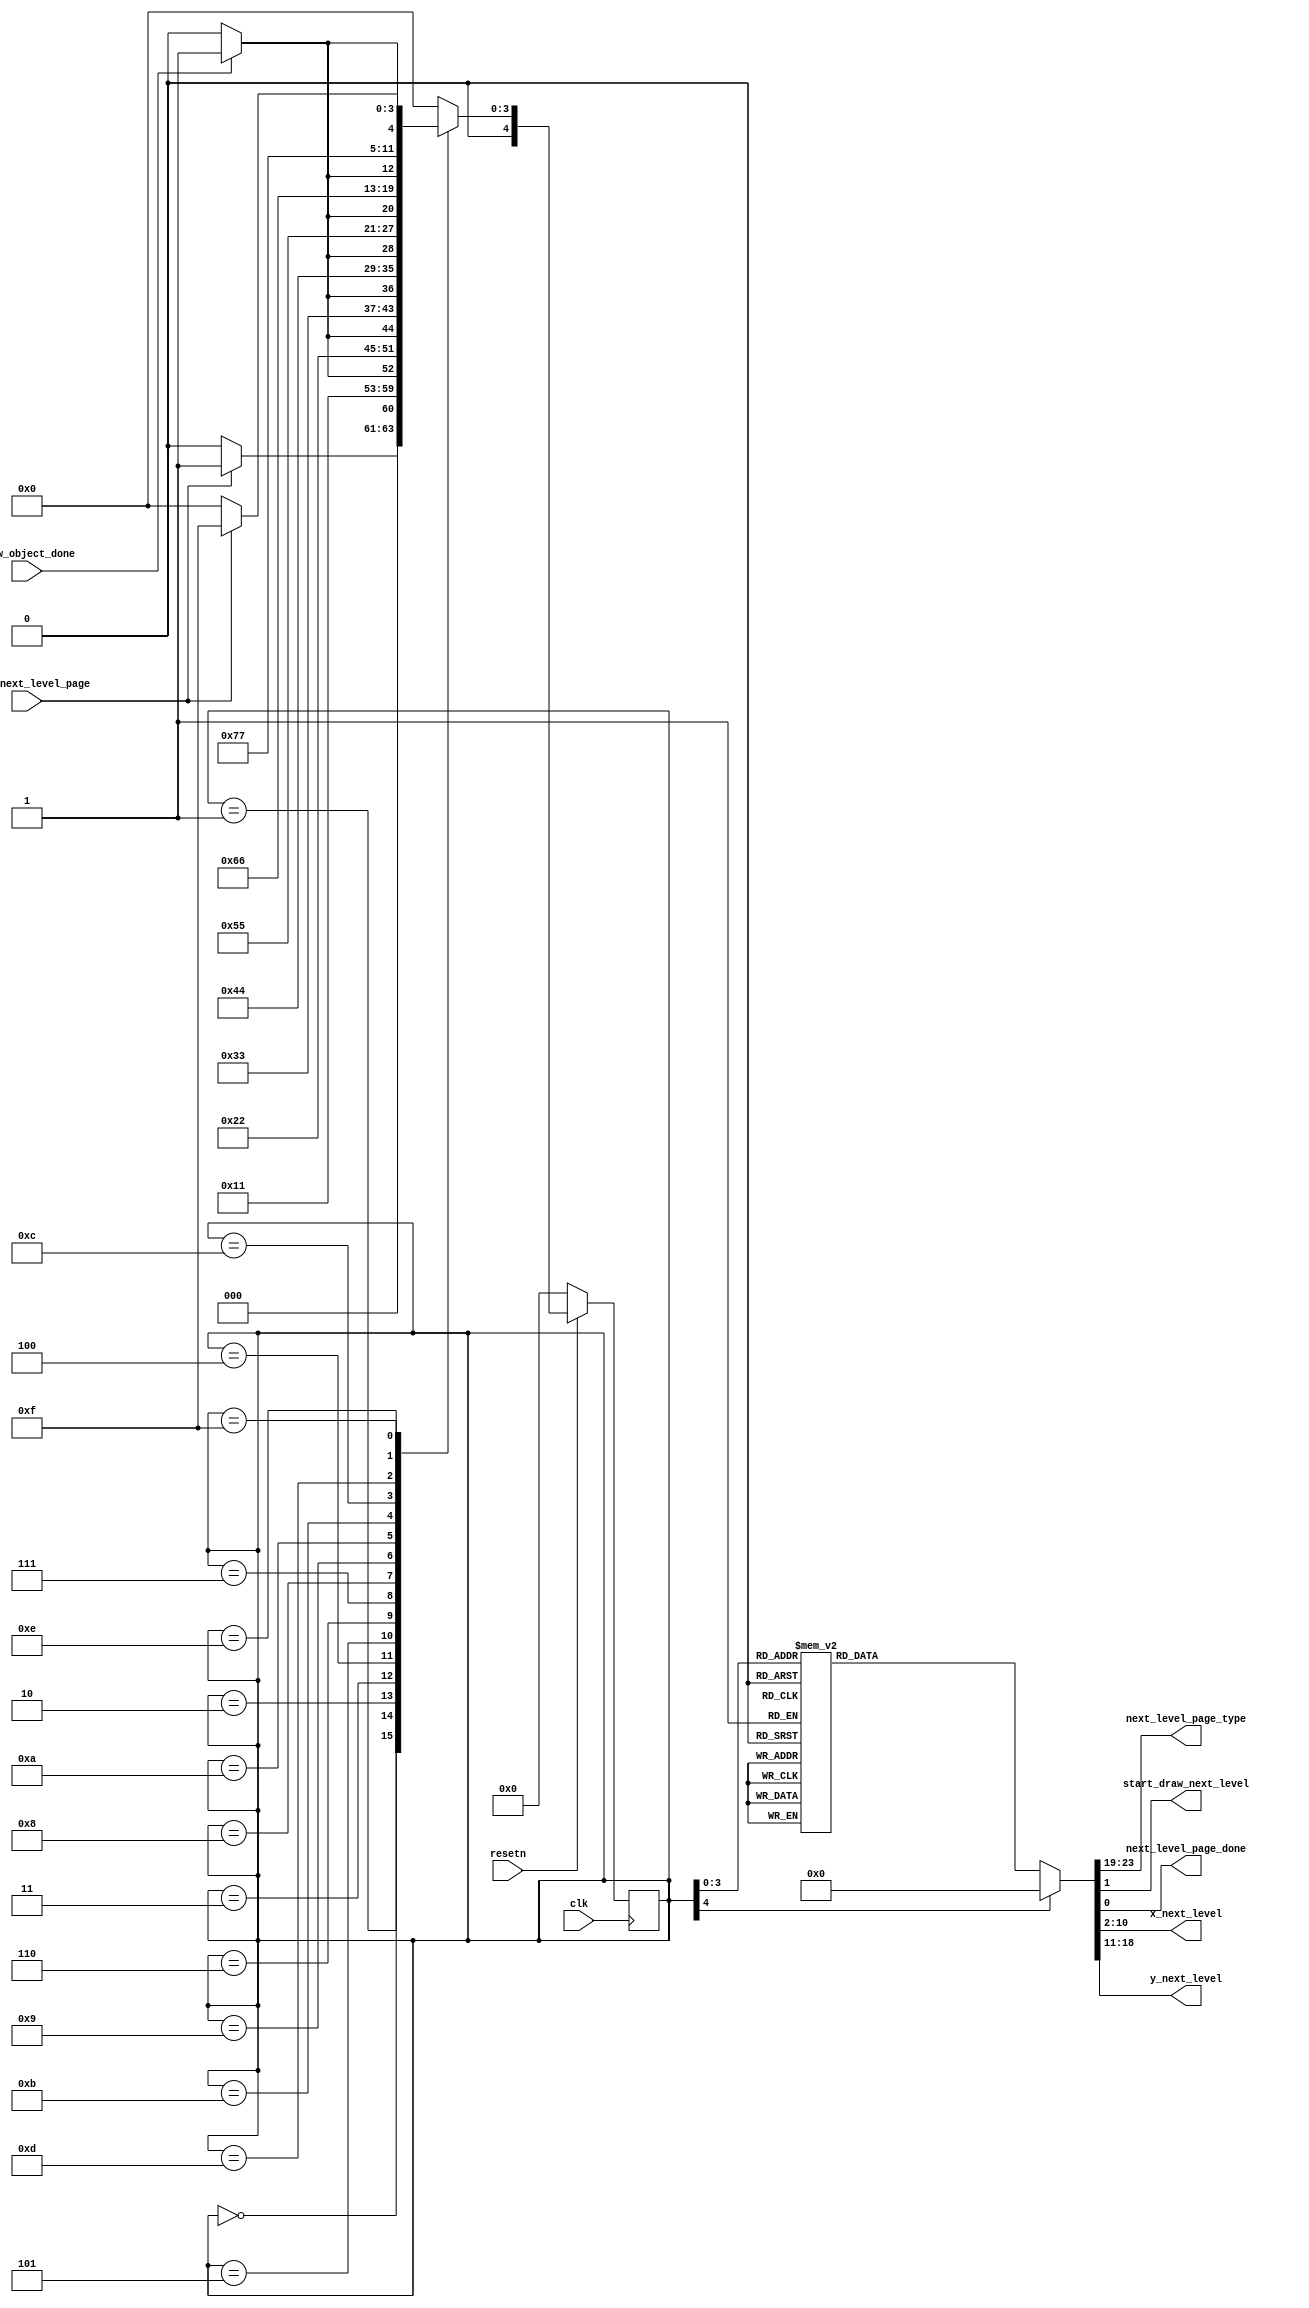

module draw_next_level_page_control(
    input clk,
    input resetn,
    input start_next_level_page,
    input draw_object_done,

    output reg [4:0] next_level_page_type,
    output reg start_draw_next_level, next_level_page_done,
    output reg [8:0] x_next_level,
    output reg [7:0] y_next_level
	
    );

    reg [4:0] current_state, next_state; 

    localparam  S_WAIT_FOR_COMMAND		= 5'd0,
		S_LOAD_L1			= 5'd1,
		S_DRAW_L1			= 5'd2,
		S_LOAD_E1			= 5'd3,
		S_DRAW_E1			= 5'd4,
		S_LOAD_V			= 5'd5,
		S_DRAW_V			= 5'd6,
		S_LOAD_E2			= 5'd7,
		S_DRAW_E2			= 5'd8,
		S_LOAD_L2			= 5'd9,
		S_DRAW_L2			= 5'd10,
		S_LOAD_U			= 5'd11,
		S_DRAW_U			= 5'd12,
		S_LOAD_P			= 5'd13,
		S_DRAW_P			= 5'd14,
		
		S_DONE_DRAW_NEXT_LEVEL_PAGE	= 5'd15;  
					 

    // Next state logic aka our state table
    always@(*)
    begin: state_table 
		case (current_state)
					
			S_WAIT_FOR_COMMAND: next_state = start_next_level_page? S_LOAD_L1: S_WAIT_FOR_COMMAND;

			S_LOAD_L1: next_state = S_DRAW_L1;
			S_DRAW_L1: next_state = draw_object_done? S_LOAD_E1: S_DRAW_L1;			
			S_LOAD_E1: next_state = S_DRAW_E1;		
			S_DRAW_E1: next_state = draw_object_done? S_LOAD_V: S_DRAW_E1;		
			S_LOAD_V: next_state = S_DRAW_V;		
			S_DRAW_V: next_state = draw_object_done? S_LOAD_E2: S_DRAW_V;				
			S_LOAD_E2: next_state = S_DRAW_E2;		
			S_DRAW_E2: next_state = draw_object_done? S_LOAD_L2: S_DRAW_E2;			
			S_LOAD_L2: next_state = S_DRAW_L2;		
			S_DRAW_L2: next_state = draw_object_done? S_LOAD_U: S_DRAW_L2;			
			S_LOAD_U: next_state = S_DRAW_U;			
			S_DRAW_U: next_state = draw_object_done? S_LOAD_P: S_DRAW_U;			
			S_LOAD_P: next_state = S_DRAW_P;			
			S_DRAW_P: next_state = draw_object_done? S_DONE_DRAW_NEXT_LEVEL_PAGE: S_DRAW_P;			


			S_DONE_DRAW_NEXT_LEVEL_PAGE: next_state = start_next_level_page? S_DONE_DRAW_NEXT_LEVEL_PAGE: S_WAIT_FOR_COMMAND;					
			
            default:   next_state = S_WAIT_FOR_COMMAND;
        endcase
    end // state_table
   

    // Output logic aka all of our datapath control signals
    always @(*)
    begin: enable_signals
        // By default make all our signals 0

    		start_draw_next_level = 1'b0;
		next_level_page_done = 1'b0;	
		x_next_level = 9'b0;
     		y_next_level = 8'b0;
		next_level_page_type = 5'd0;

        case (current_state)
		  
		S_DRAW_L1: begin
			start_draw_next_level = 1'b1;
			x_next_level = 9'd121;
			y_next_level = 8'd91;
			next_level_page_type = 5'd21; 		
		end

		S_DRAW_E1: begin
			start_draw_next_level = 1'b1;
			x_next_level = 9'd131;
			y_next_level = 8'd91;
			next_level_page_type = 5'd17; 	
		end

		S_DRAW_V: begin
			start_draw_next_level = 1'b1;
			x_next_level = 9'd145;
			y_next_level = 8'd91;
			next_level_page_type = 5'd28; 	
		end

		S_DRAW_E2: begin
			start_draw_next_level = 1'b1;
			x_next_level = 9'd157;
			y_next_level = 8'd91;
			next_level_page_type = 5'd17; 	
		end

		S_DRAW_L2: begin
			start_draw_next_level = 1'b1;
			x_next_level = 9'd169;
			y_next_level = 8'd91;
			next_level_page_type = 5'd21; 	
		end

		S_DRAW_U: begin
			start_draw_next_level = 1'b1;
			x_next_level = 9'd139;
			y_next_level = 8'd115;
			next_level_page_type = 5'd27; 	
		end

		S_DRAW_P: begin
			start_draw_next_level = 1'b1;
			x_next_level = 9'd151;
			y_next_level = 8'd115;
			next_level_page_type = 5'd24; 	 
		end

		S_DONE_DRAW_NEXT_LEVEL_PAGE: next_level_page_done = 1'b1;
		 

        // default:    // don't need default since we already made sure all of our outputs were assigned a value at the start of the always block
        endcase
    end // enable_signals
   
    // current_state registers
    always@(posedge clk)
    begin: state_FFs
        if(!resetn)
            current_state <= S_WAIT_FOR_COMMAND;
        else
            current_state <= next_state;
    end // state_FFS
	 
endmodule